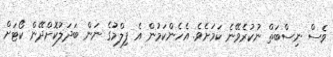
ވެސް ނިސްބަތް ނުކުރެވޭނެ ކަމަށެވެ. އެހެންކަމުން އެ ފިލްމުގެ ނަން ބަދަލުކޮށްދޭން ކޯޓަށް